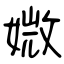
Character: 媺